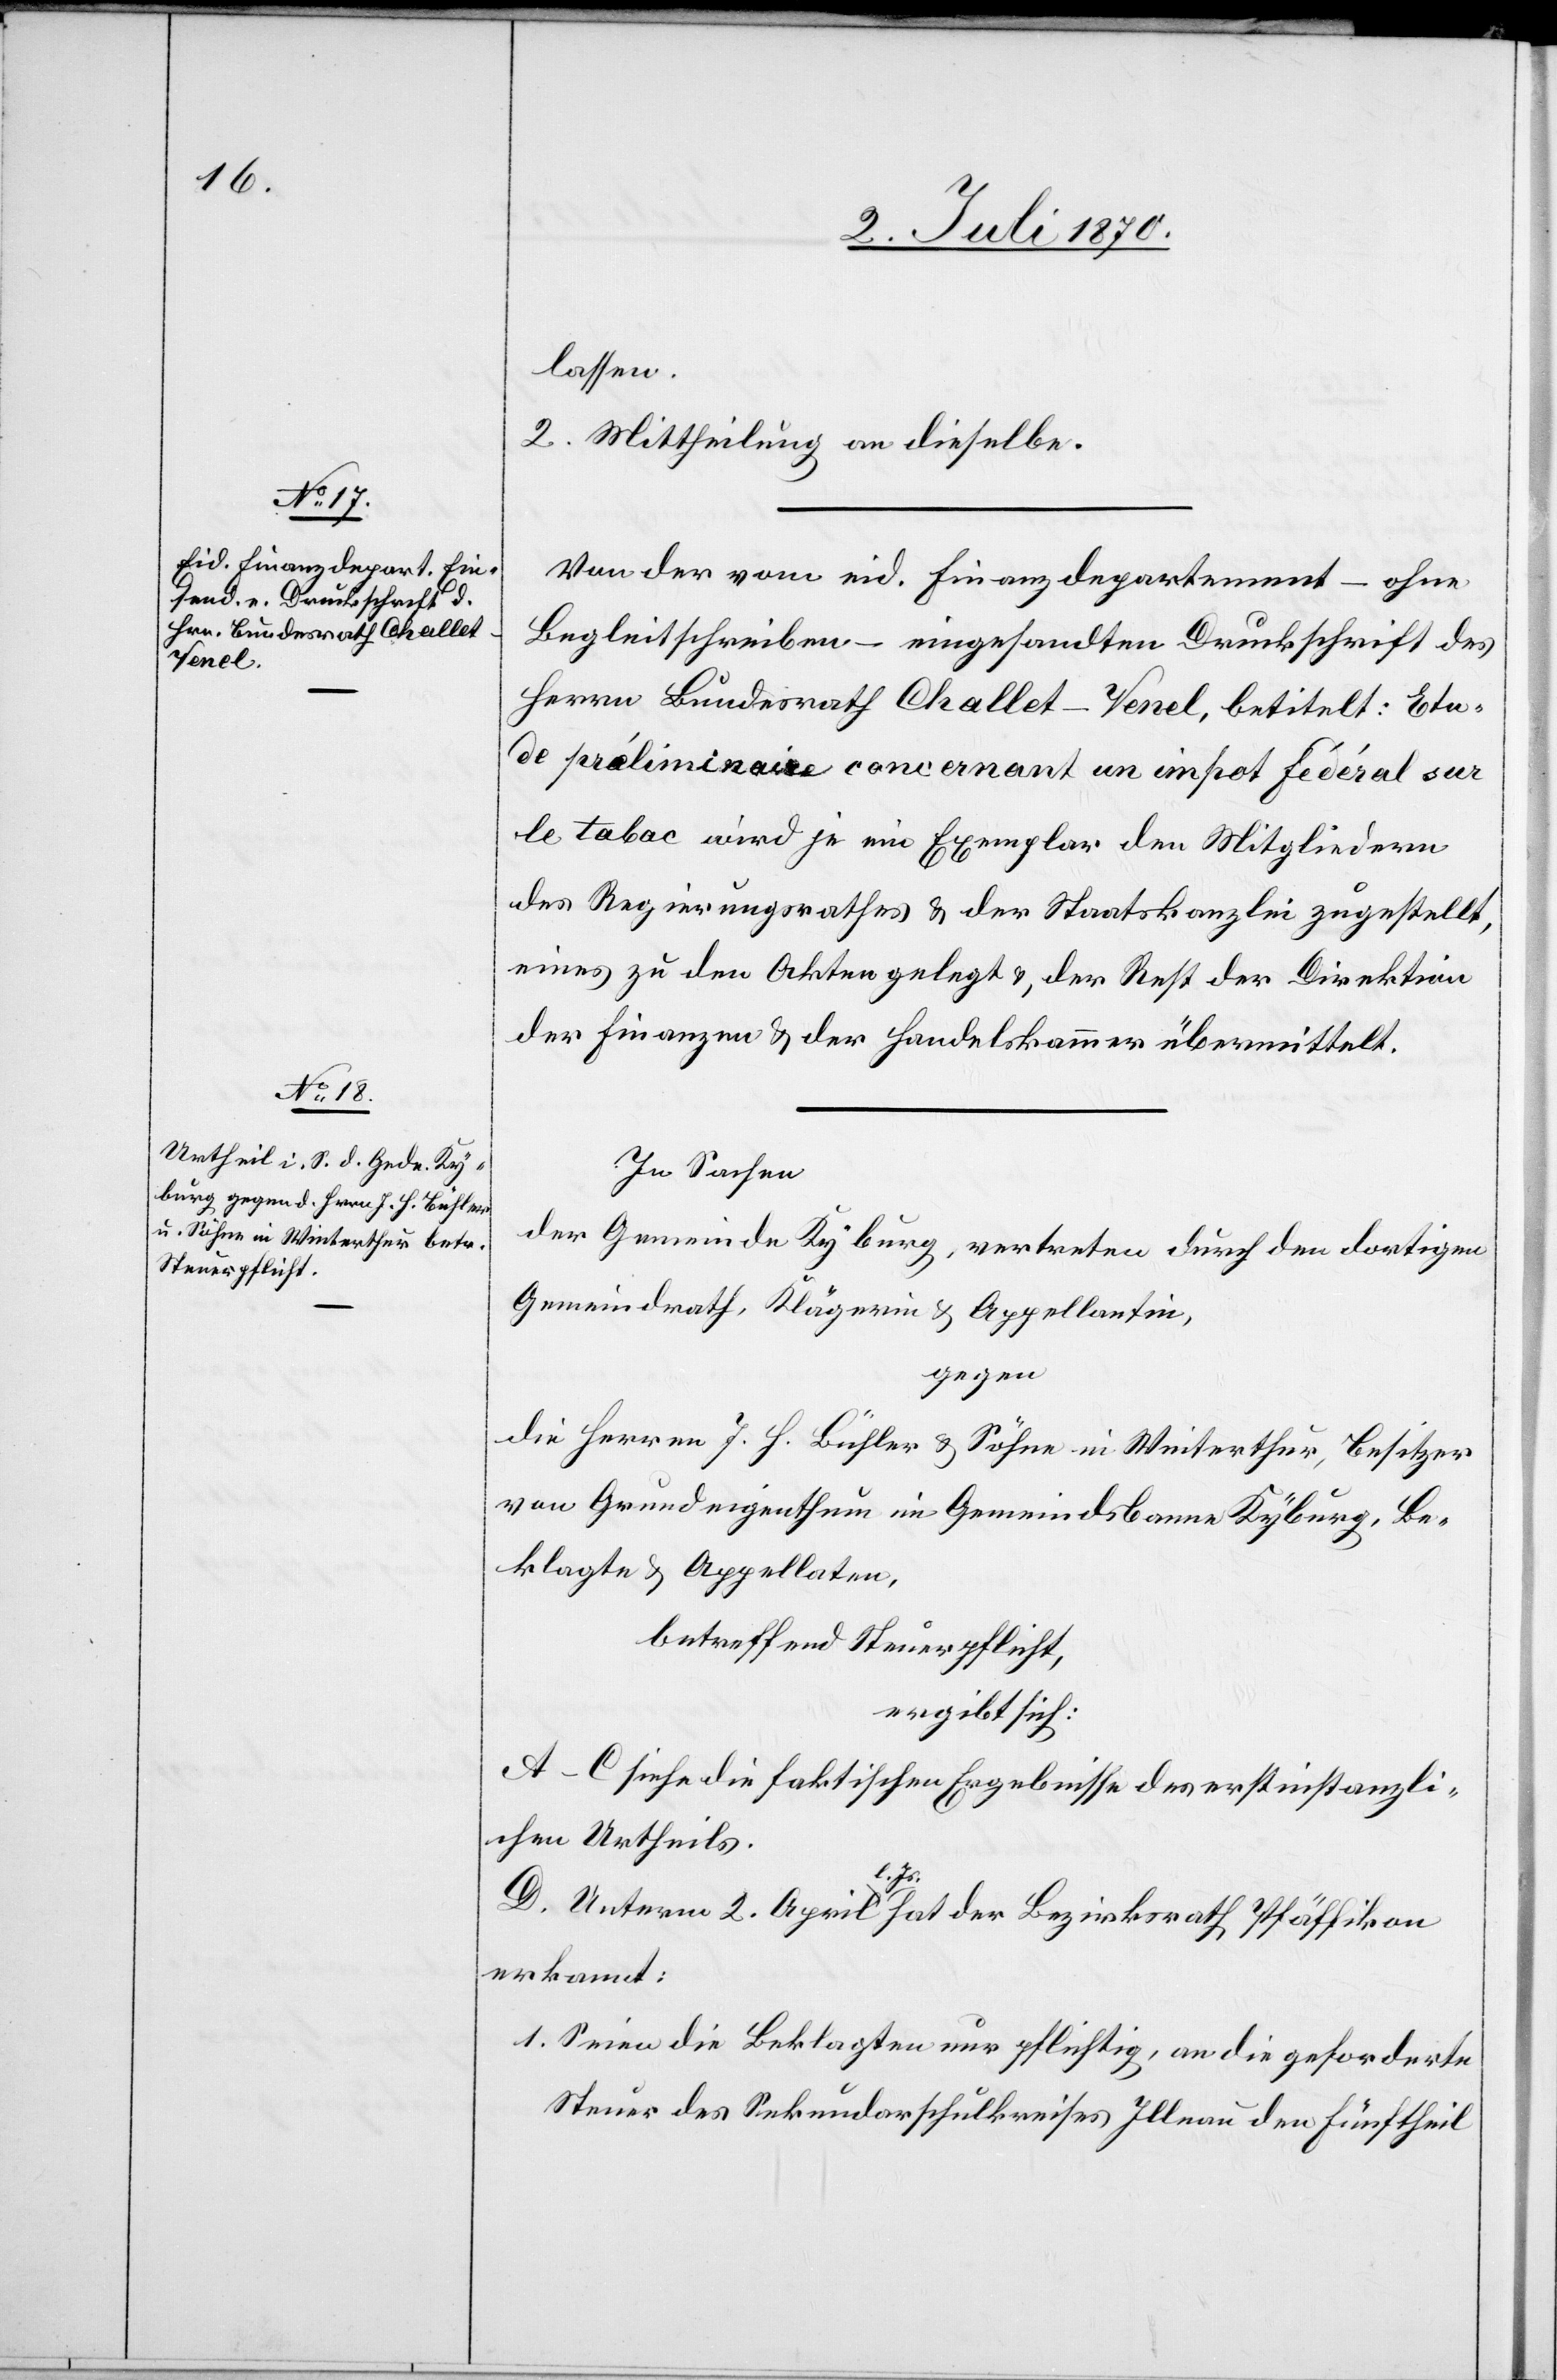
lassen.
2. Mittheilung an dieselbe.
Von der vom eid. Finanzdepartement – ohne
Begleitschreiben – eingesandten Druckschrift des
Herrn Bundesrath Challet-Venel, betitelt: Etu¬
de préliminaire concernant un impot fédéral sur
le tabac wird je eine Exemplar den Mitgliedern
des Regierungsrathes & der Staatskanzlei zugestellt,
eines zu den Akten gelegt & der Rest der Direktion
der Finanzen & der Handelskammer übermittelt.
In Sachen
der Gemeinde Kyburg, vertreten durch den dortigen
Gemeindrath, Klägerin & Appellantin,
gegen
die Herren J. H. Bühler & Söhne in Winterthur, Besitzer
von Grundeigenthum im Gemeindsbanne Kyburg, Be¬
klagte & Appellaten,
betreffend Steuerpflicht,
ergibt sich:
A.–C. siehe die faktischen Ergebnisse des erstinstanzli¬
chen Urtheils.
D. Unterm 2. April l. Js. hat der Bezirksrath Pfäffikon
erkannt:
1. Seien die Beklagten nur pflichtig, an die geforderte
Steuer des Sekundarschulkreises Illnau den Fünftheil